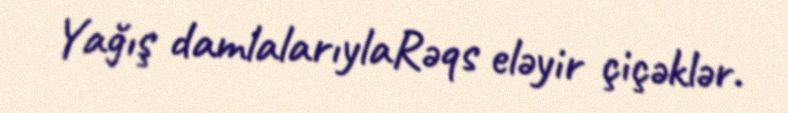
Yağış damlalarıylaRəqs eləyir çiçəklər.